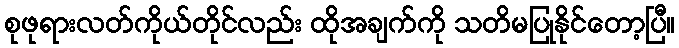
စုဖုရားလတ်ကိုယ်တိုင်လည်း ထိုအချက်ကို သတိမပြုနိုင်တော့ပြီ။